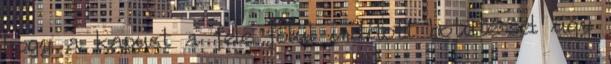
hogy a kapust a fele fölül indított botütéssel úgy